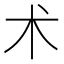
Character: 术